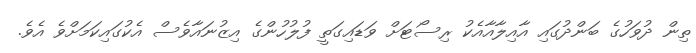
ތިން ދުވަހުގެ ބަންދުގައި އާއިލާއާއެކު ރިސޯޓަށް ވަޑައިގަތީ ފުލުހުންގެ އިޒުނައާވެސް އެކުގައިކަމަށްވެ އެވެ.